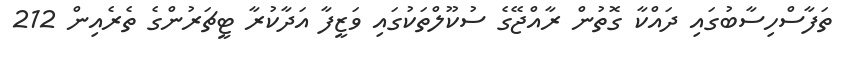
ތަފާސްހިސާބުގައި ދައްކާ ގޮތުން ރާއްޖޭގެ ސުކޫލްތަކުގައި ވަޒީފާ އަދާކުރާ ޓީޗަރުންގެ ތެރެއިން 212